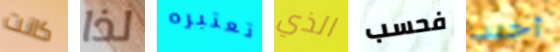
كانت لذا تعتبره الذي فحسب أخيب